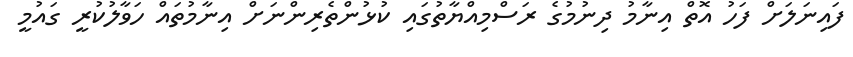
ފައިނަލަށް ފަހު އޮތް އިނާމު ދިނުމުގެ ރަސްމިއްޔާތުގައި ކުޅުންތެރިންނަށް އިނާމުތައް ހަވާލުކުރީ ގައުމީ